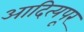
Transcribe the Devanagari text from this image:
आदित्यपूर